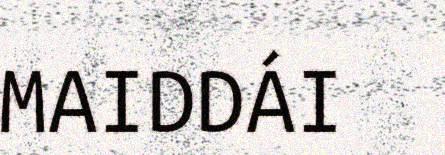
MAIDDÁI